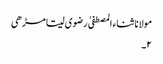
مولانا ثناء المصطفیٰ رضوی سیتامڑھی
۲۔